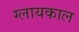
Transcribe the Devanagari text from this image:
ग्लायकाल